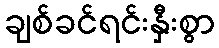
ချစ်ခင်ရင်းနှီးစွာ